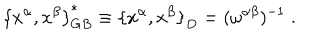
LaTeX: { \{ x ^ { \alpha } , x ^ { \beta } \} } _ { G B } ^ { \ast } \equiv { \{ x ^ { \alpha } , x ^ { \beta } \} } _ { D } = ( \omega ^ { \alpha \beta } ) ^ { - 1 } \; .